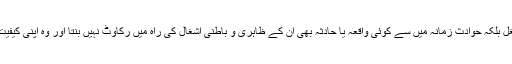
لیکن جب میں اُن کی خدمت میں پہنچا تو معلوم ہوا کہ کوئی شغل بلکہ حوادثِ زمانہ میں سے کوئی واقعہ یا حادثہ بھی اُن کے ظاہری و باطنی اَشغال کی راہ میں رکاوٹ نہیں بنتا اور وہ اپنی کیفیت میں کسی تبدیلی کے بغیر اپنے کاموں میں مشغول رہتے ہیں۔